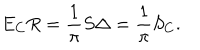
E _ { C } R = \frac { 1 } { \pi } S \Delta = \frac { 1 } { \pi } S _ { C } .